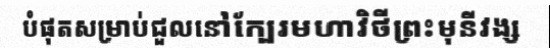
បំផុតសម្រាប់ជួលនៅក្បែរមហាវិថីព្រះមុនីវង្ស